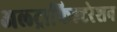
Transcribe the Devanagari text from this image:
अल्ट्राफिल्टरेशन